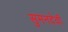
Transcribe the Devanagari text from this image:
सुमनदेवी